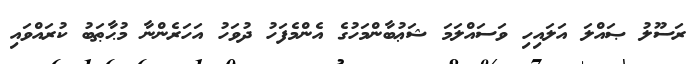
ރަސޫލު ޞައްލަ އަލައިހި ވަސައްލަމަ ޝަޢުބާންމަހުގެ އެންމެފަހު ދުވަހު އަހަރެެންނާ މުޙާޠަބު ކުރައްވައި